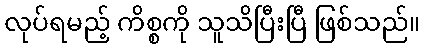
လုပ်ရမည့် ကိစ္စကို သူသိပြီးပြီ ဖြစ်သည်။